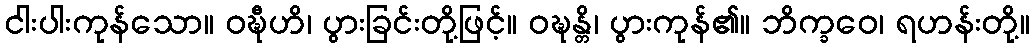
ငါးပါးကုန်သော။ ဝဍ္ဎီဟိ၊ ပွားခြင်းတို့ဖြင့်။ ဝဍ္ဎန္တိ၊ ပွားကုန်၏။ ဘိက္ခဝေ၊ ရဟန်းတို့။